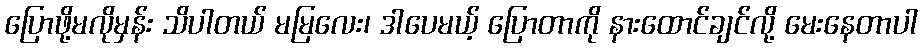
ပြောဖို့မလိုမှန်း သိပါတယ် မမြလေး၊ ဒါပေမယ့် ပြောတာကို နားထောင်ချင်လို့ မေးနေတာပါ